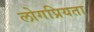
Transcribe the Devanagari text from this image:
लोगप्रियता